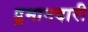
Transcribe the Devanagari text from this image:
इ्रमानदारी